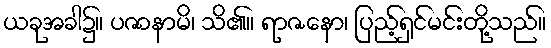
ယခုအခါ၌။ ပဇာနာမိ၊ သိ၏။ ရာဇနော၊ ပြည့်ရှင်မင်းတို့သည်။